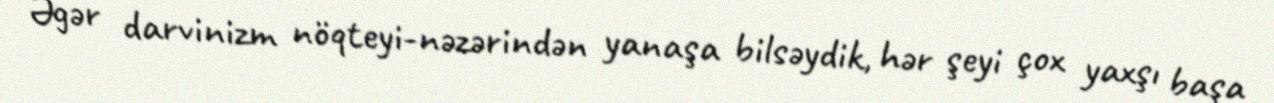
Əgər darvinizm nöqteyi-nəzərindən yanaşa bilsəydik, hər şeyi çox yaxşı başa